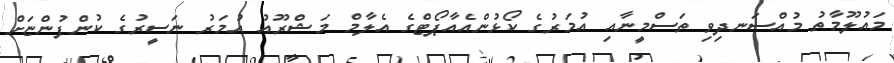
މައުލޫމާތު މުއްސަނދިވި ތަސްމީނާއި އުމަރުގެ ކޯޅުންއެއާޕޯޓްގެ އެލާމް މަޝްރޫއު އުމަރު ނަސީރުގެ ކުންފުންޏަށް